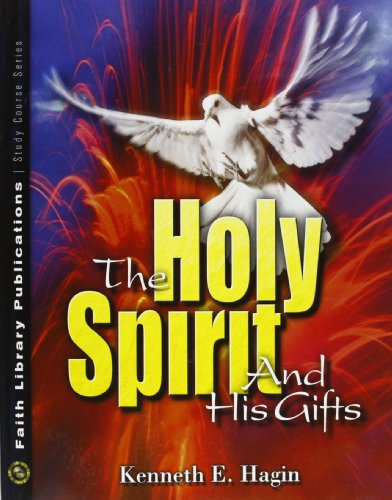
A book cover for The Holy Spirit and His Gifts; Kenneth E. Hagin; Christian Books & Bibles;